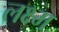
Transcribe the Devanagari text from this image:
लक्ष्म